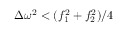
\Delta \omega ^ { 2 } < ( f _ { 1 } ^ { 2 } + f _ { 2 } ^ { 2 } ) / 4